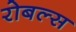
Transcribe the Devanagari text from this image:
रोबल्स